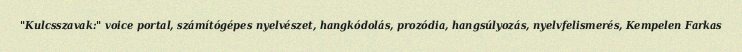
"Kulcsszavak:" voice portal, számítógépes nyelvészet, hangkódolás, prozódia, hangsúlyozás, nyelvfelismerés, Kempelen Farkas